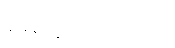
မေးချင်ပါတယ်။